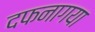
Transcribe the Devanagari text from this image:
दफनागया